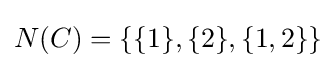
N(C)=\{\{1\},\{2\},\{1,2\}\}